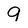
Character: 9